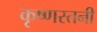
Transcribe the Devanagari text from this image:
कृष्णस्तनी